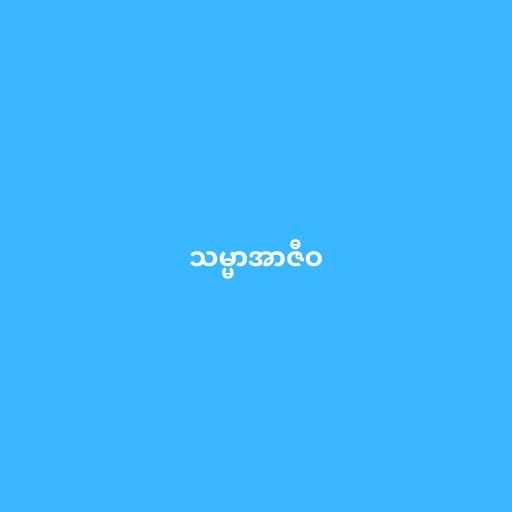
သမ္မာအာဇီဝ